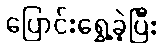
ပြောင်းရွှေ့ခဲ့ပြီး